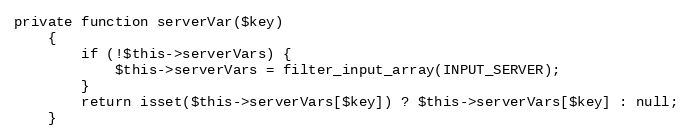
Language: PHP
private function serverVar($key)
    {
        if (!$this->serverVars) {
            $this->serverVars = filter_input_array(INPUT_SERVER);
        }
        return isset($this->serverVars[$key]) ? $this->serverVars[$key] : null;
    }